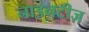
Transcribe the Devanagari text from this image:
नाइनटीज़